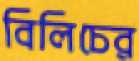
বিলিচের